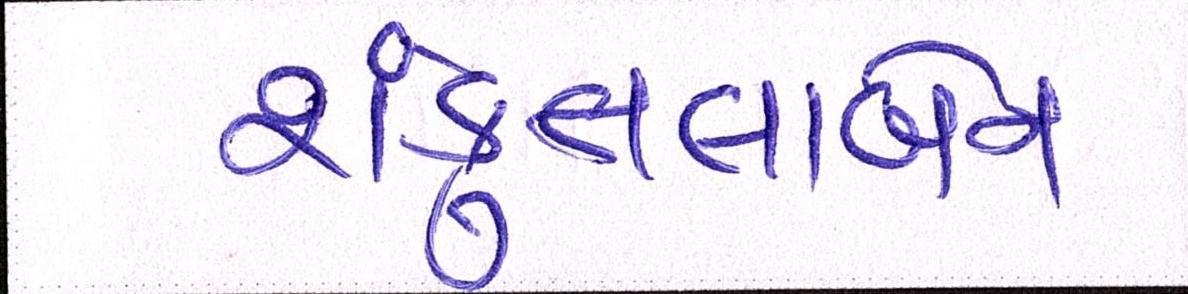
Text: શંકુતલાબેન